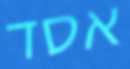
אסד